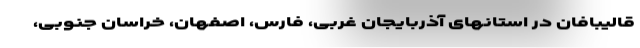
قالیبافان در استانهای آذربایجان غربی، فارس، اصفهان، خراسان جنوبی،